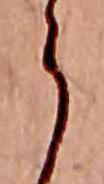
ら